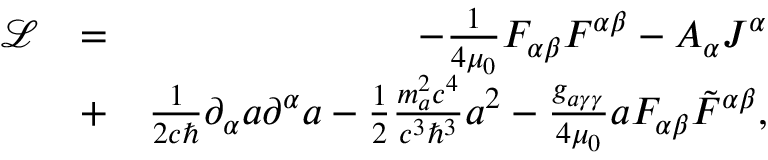
\begin{array} { r l r } { \mathcal L } & { = } & { - \frac { 1 } { 4 \mu _ { 0 } } F _ { \alpha \beta } F ^ { \alpha \beta } - A _ { \alpha } J ^ { \alpha } } \\ & { + } & { \frac { 1 } { 2 c \hbar } \partial _ { \alpha } a \partial ^ { \alpha } a - \frac { 1 } { 2 } \frac { m _ { a } ^ { 2 } c ^ { 4 } } { c ^ { 3 } \hbar ^ { 3 } } a ^ { 2 } - \frac { g _ { a \gamma \gamma } } { 4 \mu _ { 0 } } a F _ { \alpha \beta } \tilde { F } ^ { \alpha \beta } , } \end{array}